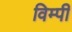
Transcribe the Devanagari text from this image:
विम्पी